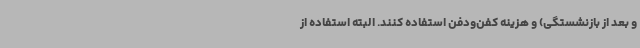
و بعد از بازنشستگی) و هزینه کفن‌ودفن استفاده کنند. البته استفاده از